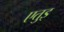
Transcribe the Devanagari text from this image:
एतुइ